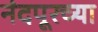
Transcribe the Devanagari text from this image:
नंदपूरच्या